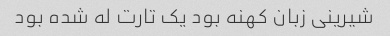
شیرینی زبان کهنه بود یک تارت له شده بود